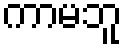
ကာမဘူ